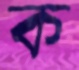
ক